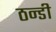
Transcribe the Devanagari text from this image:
ठन्डी